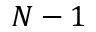
N - 1